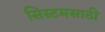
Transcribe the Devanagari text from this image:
सिस्टमसाठी